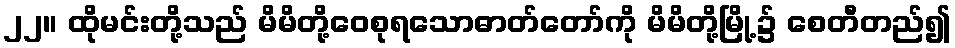
၂၂။ ထိုမင်းတို့သည် မိမိတို့ဝေစုရသောဓာတ်တော်ကို မိမိတို့မြို့၌ စေတီတည်၍